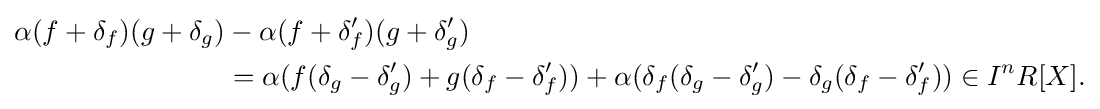
{\begin{aligned}\alpha (f+\delta _{f})(g+\delta _{g})&-\alpha (f+\delta '_{f})(g+\delta '_{g})\\&=\alpha (f(\delta _{g}-\delta '_{g})+g(\delta _{f}-\delta '_{f}))+\alpha (\delta _{f}(\delta _{g}-\delta '_{g})-\delta _{g}(\delta _{f}-\delta '_{f}))\in I^{n}R[X].\end{aligned}}